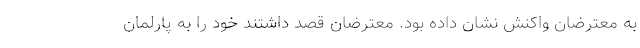
به معترضان واکنش نشان داده بود. معترضان قصد داشتند خود را به پارلمان